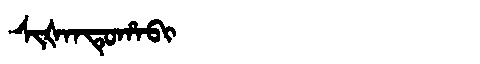
Manchu: ᠰᡳᡧᠠᠨᡨᡠᡥᠠᠪᡳ
Romanization: SIŠANTUHABI